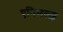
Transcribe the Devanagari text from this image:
एनिमल्ज़